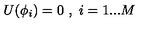
U ( \phi _ { i } ) = 0 \textrm { } , \textrm { } i = 1 . . . M